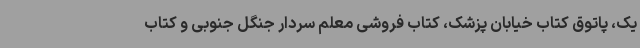
یک، پاتوق کتاب خیابان پزشک، کتاب فروشی معلم سردار جنگل جنوبی و کتاب